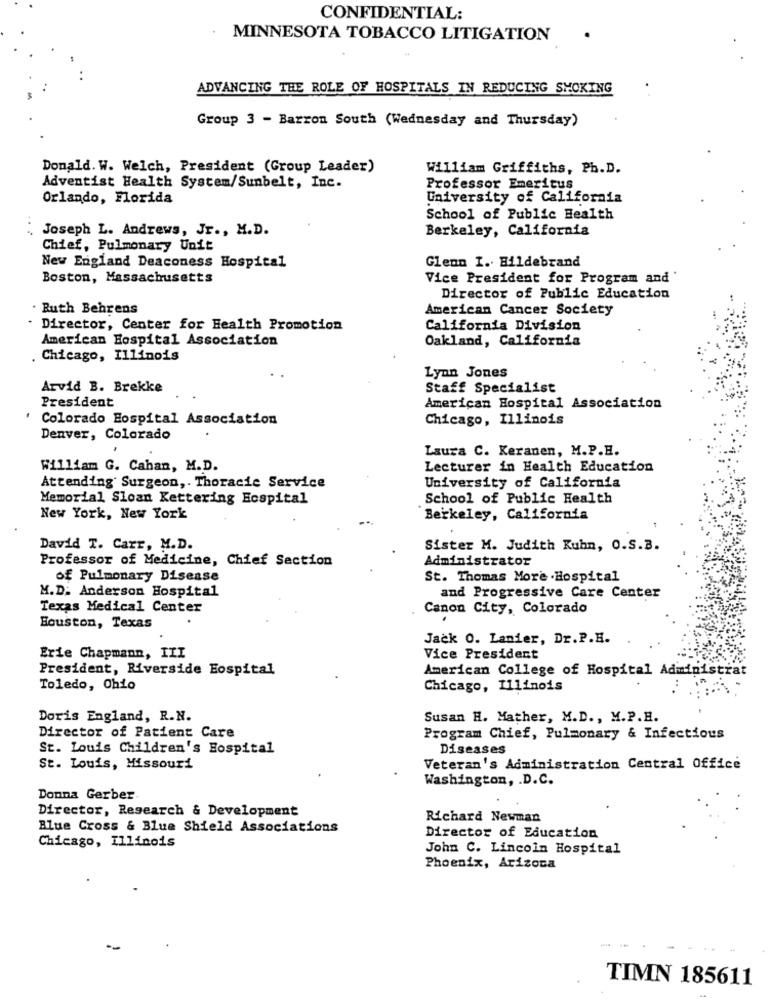
CONFIDENTIAL:
MINNESOTA TOBACCO LITIGATION
ADVANCING THE ROLE OF HOSPITALS IN REDUCING SMOKING
Group 3 - Barron South (Wednesday and Thursday)
Donald. W. Welch, President (Group Leader)
William Griffiths, Ph.D.
Adventist Health System/Sunbelt, Inc.
Professor Emeritus
Orlando, Florida
University of California
School of Public Health
Joseph L. Andrews, Jr ., M.D.
Berkeley, California
Chief, Pulmonary Unit
New England Deaconess Hospital
Glenn I. Hildebrand
Boston, Massachusetts
Vice President for Program and'
Director of Public Education
. Ruth Behrens
American Cancer Society
Director, Center for Health Promotion
California Division
American Hospital Association
Oakland, California
Chicago, Illinois
Lynn Jones
Arvid B. Brekke
Staff Specialist
President
American Hospital Association
Colorado Hospital Association
Chicago, Illinois
Denver, Colorado
Laura C. Keranen, M.P.H.
William G. Cahan, M.D.
Lecturer in Health Education
Attending Surgeon ,. Thoracic Service
University of California
Memorial Sloan Kettering Ecspital
School of Public Health
New York, New York
Berkeley, California
David T. Carr, M.D.
Sister M. Judith Kuhn, O.S.B.
Professor of Medicine, Chief Section
Administrator
of Pulmonary Disease
St. Thomas More . Hospital
M.D. Anderson Hospital
and Progressive Care Center
Texas Medical Center
Canon City, Colorado
Houston, Texas
Jack 0. Lanier, Dr. P.H.
Erie Chapmann, III
Vice President
President, Riverside Hospital
American College of Hospital Administrat
Toledo, Ohio
Chicago, Illinois
Doris England, R.N.
Susan H. Mather, M.D ., M.P.H.
Director of Patient Care
Program Chief, Pulmonary & Infectious
St. Louis Children's Hospital
Diseases
St. Louis, Missouri
Veteran's Administration Central Office
Washington, . D.C.
Donna Gerber
Director, Research & Development
Richard Newman
Blue Cross & Blue Shield Associations
Director of Education
Chicago, Illinois
John C. Lincoln Hospital
Phoenix, Arizona
TIMN 185611